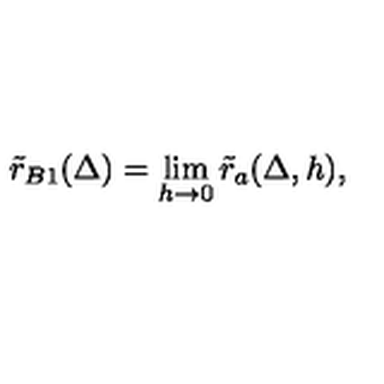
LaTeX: \tilde { r } _ { B 1 } ( \Delta ) = \lim _ { h \to 0 } \tilde { r } _ { a } ( \Delta , h ) ,